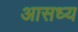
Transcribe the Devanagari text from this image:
आसध्य